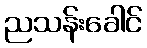
ညသန်းခေါင်